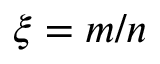
\xi = m / n